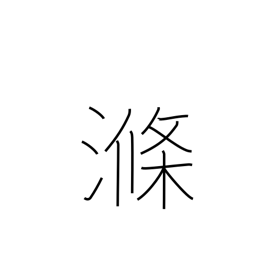
Meaning: rinse